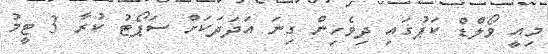
މިއީ ވޯލްޑް ކަޕުގައި ދިވެހިން ގިނަ އަދަދަކަށް ސަޕޯޓު ކުރާ 3 ޓީމު